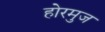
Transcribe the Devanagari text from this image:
होरमुज